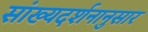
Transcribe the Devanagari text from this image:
सांख्यदर्शनानुसार